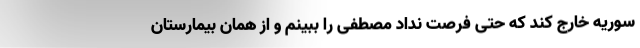
سوریه خارج کند که حتی فرصت نداد مصطفی را ببینم و از همان بیمارستان